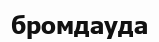
бромдауда